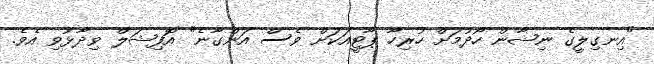
"އިނގިލީގެ ނިޝާން ހޯދުމަށް ހުރިހާ ޕާޓީއަކަށް ވެސް އަންގާނެ" އޮފިޝަލް ވިދާޅުވި އެވެ.